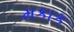
મકાક